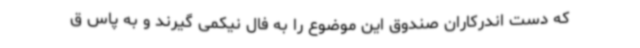
که دست اندرکاران صندوق این موضوع را به فال نیکمی گیرند و به پاس ق